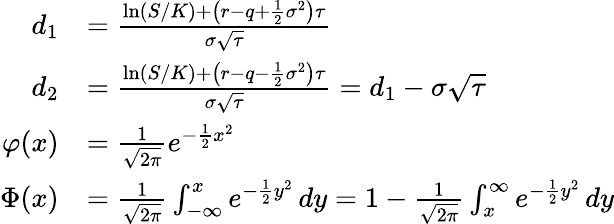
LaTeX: {\begin{array}{rl}{d_{1}}&{={\frac{\ln(S/K)+\left(r-q+{\frac{1}{2}}\sigma^{2}\right)\tau}{\sigma{\sqrt{\tau}}}}}\\ {d_{2}}&{={\frac{\ln(S/K)+\left(r-q-{\frac{1}{2}}\sigma^{2}\right)\tau}{\sigma{\sqrt{\tau}}}}=d_{1}-\sigma{\sqrt{\tau}}}\\ {\varphi(x)}&{={\frac{1}{\sqrt{2\pi}}}e^{-{\frac{1}{2}}x^{2}}}\\ {\Phi(x)}&{={\frac{1}{\sqrt{2\pi}}}\int_{-\infty}^{x}e^{-{\frac{1}{2}}y^{2}}\, dy=1-{\frac{1}{\sqrt{2\pi}}}\int_{x}^{\infty}e^{-{\frac{1}{2}}y^{2}}\, dy}\end{array}}